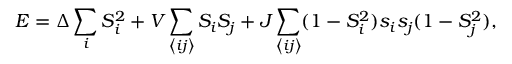
E = \Delta \sum _ { i } ^ { \phantom { N } } S _ { i } ^ { 2 } + V \sum _ { \left\langle i j \right\rangle } S _ { i } S _ { j } + J \sum _ { \left\langle i j \right\rangle } ( 1 - S _ { i } ^ { 2 } ) s _ { i } s _ { j } ( 1 - S _ { j } ^ { 2 } ) ,